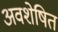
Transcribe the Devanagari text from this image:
अवशेषित